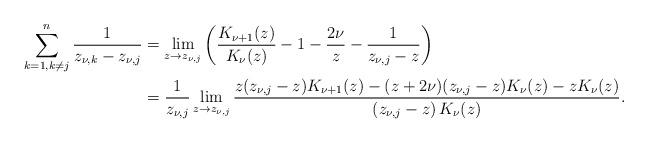
LaTeX: \begin{align*} \sum_{{k=1, k\neq j}}^n\dfrac{1}{z_{\nu,k}-z_{\nu,j}}&=\lim_{z\to z_{\nu,j}}\left(\dfrac{K_{\nu+1}(z)}{K_\nu(z)}-1-\dfrac{2\nu}{z}-\dfrac{1}{z_{\nu,j}-z} \right)\\ &=\dfrac{1}{z_{\nu,j}}\lim_{z\to z_{\nu,j}}\dfrac{z(z_{\nu,j}-z)K_{\nu+1}(z)-(z+2\nu)(z_{\nu,j}-z)K_\nu(z)-zK_\nu(z)}{(z_{\nu,j}-z)\,K_\nu(z)}.\end{align*}